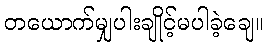
တယောက်မျှပါးချိုင့်မပါခဲ့ချေ။